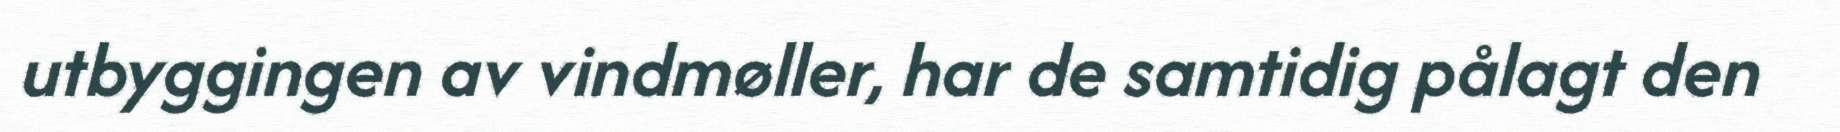
utbyggingen av vindmøller, har de samtidig pålagt den